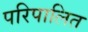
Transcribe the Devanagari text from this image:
परिपालित